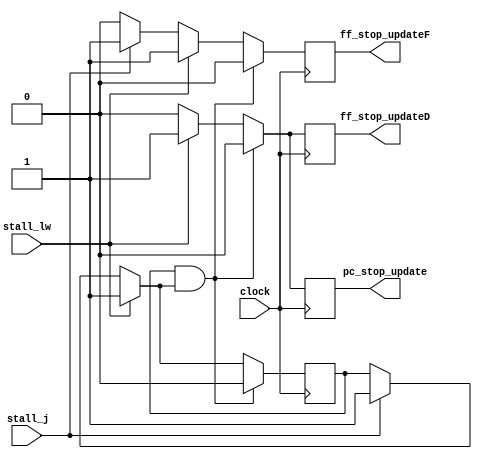
module stall_handle_unit(
	input stall_lw,
	input stall_j,
	input clock,
	output reg ff_stop_updateF, 
	output reg ff_stop_updateD,//Tich cuc muc CAO
	output reg pc_stop_update  //Tich cuc muc CAO
);

reg stall_state;
reg last_state;

always @(negedge clock)
begin
if (stall_lw == 1) begin   
	ff_stop_updateF = 1;
	ff_stop_updateD = 1;
	pc_stop_update = 1;
	// Stall state = true
	last_state = stall_state;
	stall_state = 1;	
end
else if (stall_j == 1) begin   
	ff_stop_updateF = 1;
	ff_stop_updateD = 0;
	pc_stop_update = 0;
	// Stall state = true
	last_state = stall_state;
	stall_state = 1;	
end
else begin
	ff_stop_updateF = 0;
	ff_stop_updateD = 0;
	pc_stop_update = 0;
	last_state = stall_state;
end
if (last_state && stall_state) begin 
	ff_stop_updateF = 0;
	ff_stop_updateD = 0;
	pc_stop_update = 0;
	// Stall state = false
	last_state = stall_state;
	stall_state = 0;	
end
end
endmodule